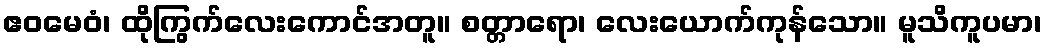
ဧဝမေဝံ၊ ထိုကြွက်လေးကောင်အတူ။ စတ္တာရော၊ လေးယောက်ကုန်သော။ မူသိကူပမာ၊